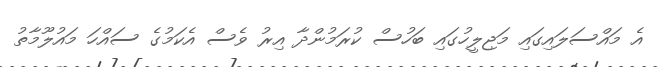
އެ މައްސަލައިގައި މަޖިލީހުގައި ބަހުސް ކުރަމުންދާ އިރު ވެސް އެކަމުގެ ސައްހަ މައުލޫމާތު